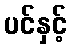
ပင်နှင့်